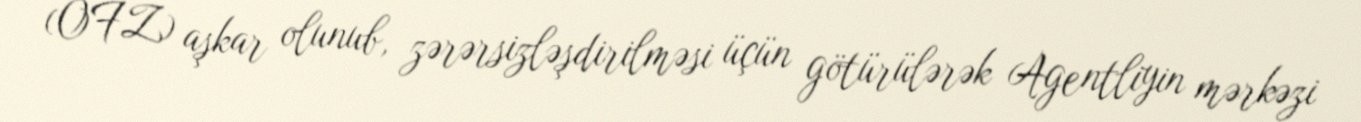
(OFZ) aşkar olunub, zərərsizləşdirilməsi üçün götürülərək Agentliyin mərkəzi